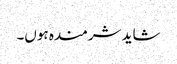
شاید شرمندہ ہوں۔